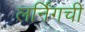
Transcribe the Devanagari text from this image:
लर्निंगची